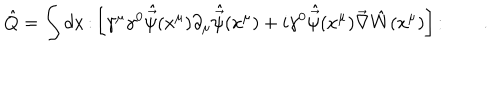
\hat { Q } = \int d x \, \colon \left[ \gamma ^ { \mu } \gamma ^ { 0 } \hat { \vec { \psi } } ( x ^ { \mu } ) \partial _ { \mu } \hat { \vec { \psi } } ( x ^ { \mu } ) + i \gamma ^ { 0 } \hat { \vec { \psi } } ( x ^ { \mu } ) \vec { \nabla } \hat { W } ( x ^ { \mu } ) \right] \colon \qquad .